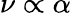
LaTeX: \nu\propto\alpha